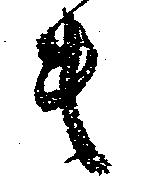
も